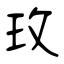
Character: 玫